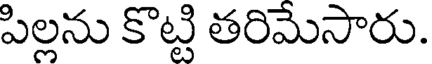
పిల్లను కొట్టి తరిమేసారు.